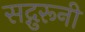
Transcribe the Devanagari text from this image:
सद्गुरूनी